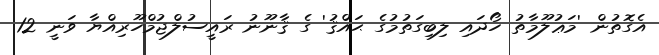
އެގޮތުން 'މަޢުލޫމާތު ހޯދައި ލިބިގަތުމުގެ ޙައްޤު' ގެ ޤާނޫނު ރައީސުލްޖުމްހޫރިއްޔާ ވަނީ 12